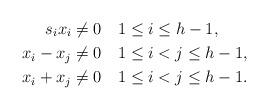
LaTeX: \begin{align*}s_ix_i\ne0 \quad&1\leq i\leq h-1,\\x_i - x_j\ne0 \quad&1\leq i<j \leq h-1,\\x_i + x_j\ne0 \quad&1\leq i<j \leq h-1.\end{align*}